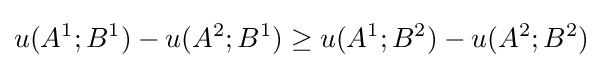
u(A^{1};B^{1})-u(A^{2};B^{1})\geq u(A^{1};B^{2})-u(A^{2};B^{2})